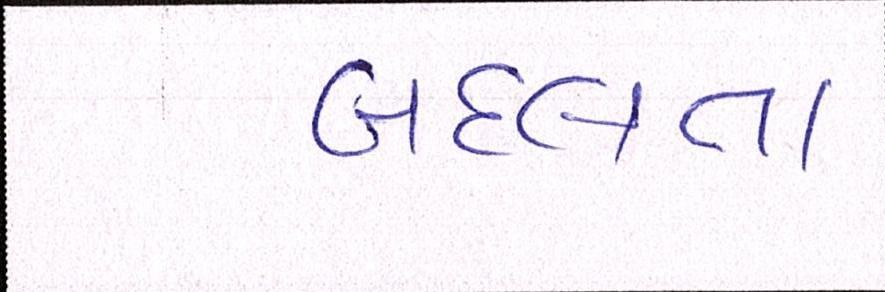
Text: બદલતા